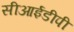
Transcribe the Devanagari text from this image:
सीआईडीपी